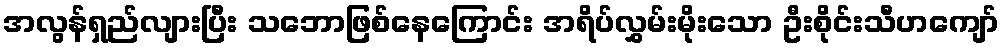
အလွန်ရှည်လျားပြီး သဘောဖြစ်နေကြောင်း အရိပ်လွှမ်းမိုးသော ဦးစိုင်းသီဟကျော်